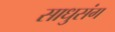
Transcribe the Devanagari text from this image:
साधुसंग